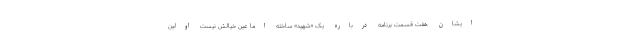
ایشان هفت قسمت برنامه درباره‌ یک «شهید» ساخته اما عین خیالش نیست اولین